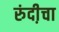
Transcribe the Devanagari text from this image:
रुंदी़चा